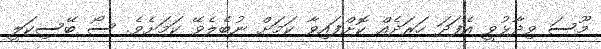
މޫސަ ވިދާޅުވީ އެފަދަ ހަރަދެއް ކޮށްފައިވާ ކަމަށް ނުބެލެވޭ ކަމަށެވެ. ސޯ ބޭސިކަލީ